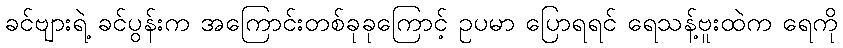
ခင်ဗျားရဲ့ ခင်ပွန်းက အကြောင်းတစ်ခုခုကြောင့် ဥပမာ ပြောရရင် ရေသန့်ဗူးထဲက ရေကို